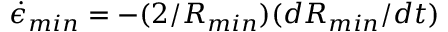
\dot { \epsilon } _ { m i n } = - ( 2 / R _ { m i n } ) ( d R _ { m i n } / d t )